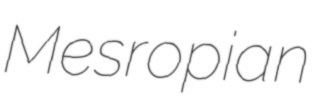
Mesropian